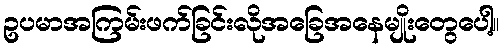
ဥပမာအကြမ်းဖက်ခြင်းလိုအခြေအနေမျိုးတွေပေါ့။